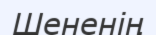
Шененің